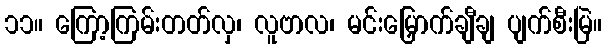
၁၁။ ကြော့ကြမ်းတတ်လှ၊ လူဗာလ၊ မင်းမြှောက်ချီချ ပျက်စီးမြဲ။